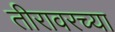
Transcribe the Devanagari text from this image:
तीरावरच्या